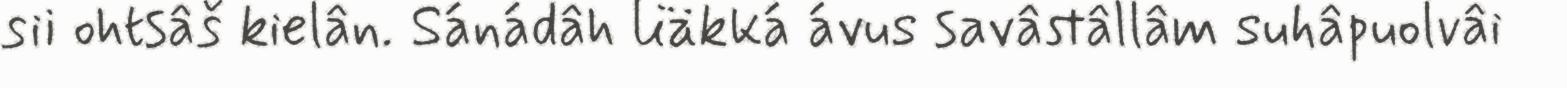
sii ohtsâš kielân. Sánádâh liäkká ávus savâstâllâm suhâpuolvâi